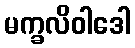
မက္ခလိဝါဒေါ